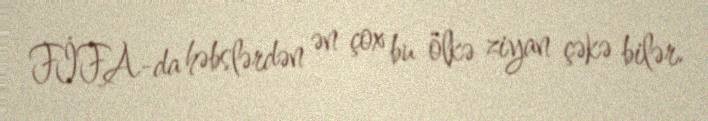
FİFA-da həbslərdən ən çox bu ölkə ziyan çəkə bilər.